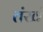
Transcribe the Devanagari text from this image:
तंखं